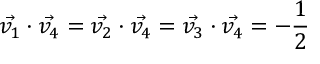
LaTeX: \vec { v _ { 1 } } \cdot \vec { v _ { 4 } } = \vec { v _ { 2 } } \cdot \vec { v _ { 4 } } = \vec { v _ { 3 } } \cdot \vec { v _ { 4 } } = - \frac { 1 } { 2 }